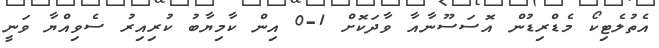
އެތުލެޓިކޯ މެޑްރިޑުން އޮސަސޫނާއާ ވާދަކޮށް 1-0 އިން ކާމިޔާބު ކުރިއިރު ސެވިއްޔާ ވަނީ